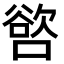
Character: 𭊖